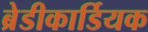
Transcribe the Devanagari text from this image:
ब्रेडीकार्डियक